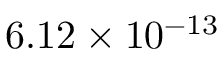
6 . 1 2 \times 1 0 ^ { - 1 3 }